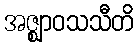
အဇ္ဈာဝသသီတိ